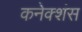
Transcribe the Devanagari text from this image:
कनेक्‍शंस